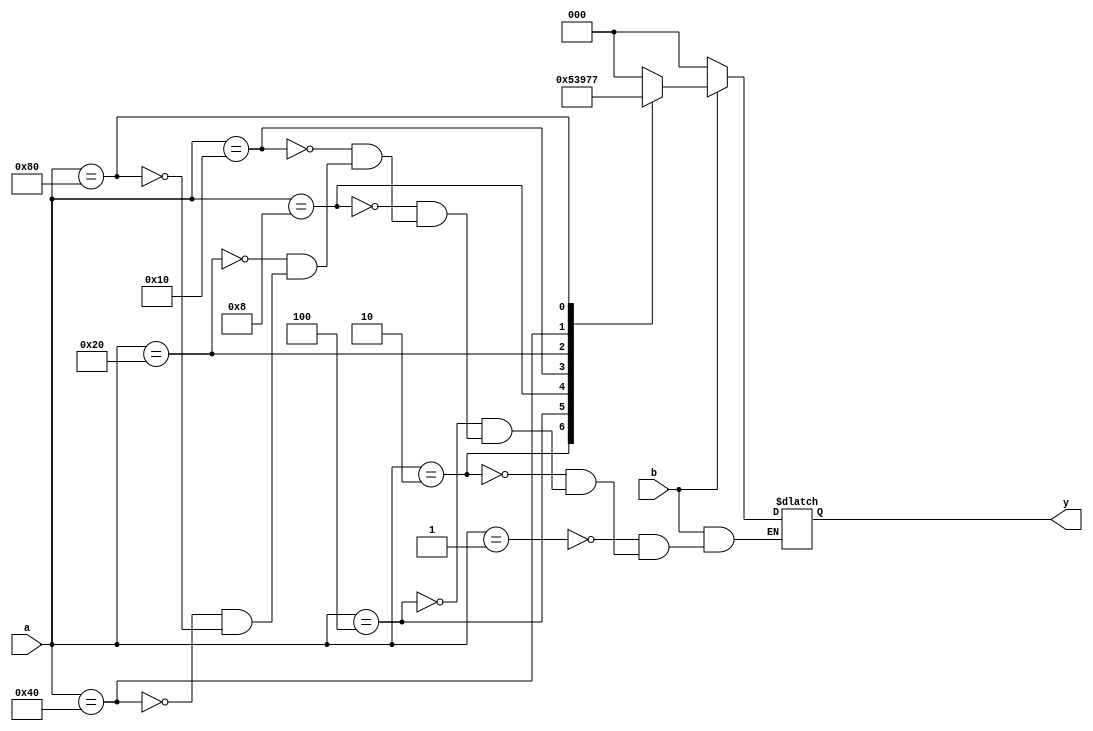
 module encoderbeh(a,b,y);
input [7:0] a;
input b;
output reg [2:0] y;
always@(a or b)
begin
if(!b)
y<=1'b0;
else
case(a)
8'b00000001:y<=3'b000;
8'b00000010:y<=3'b001;
8'b00000100:y<=3'b010;
8'b00001000:y<=3'b011;
8'b00010000:y<=3'b100;
8'b00100000:y<=3'b101;
8'b01000000:y<=3'b110;
8'b10000000:y<=3'b111;
endcase
end
endmodule